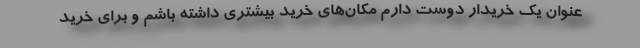
عنوان یک خریدار دوست دارم مکان‌های خرید بیشتری داشته باشم و برای خرید